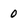
Character: 0